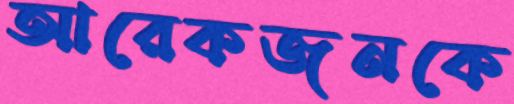
আরেকজনকে